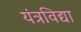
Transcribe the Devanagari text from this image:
यंत्रविद्या